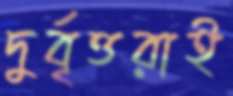
দুর্বৃত্তরাই